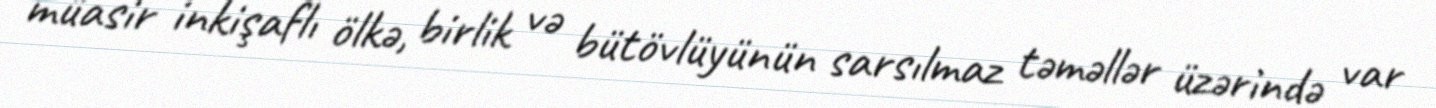
müasir inkişaflı ölkə, birlik və bütövlüyünün sarsılmaz təməllər üzərində var